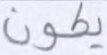
يكون